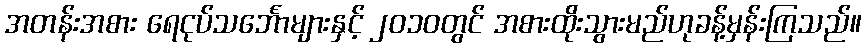
အတန်းအစား ရေငုပ်သင်္ဘောများနှင့် ၂၀၁၀တွင် အစားထိုးသွားမည်ဟုခန့်မှန်းကြသည်။